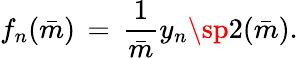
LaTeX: f_{n}(\bar{m})\, =\, {\frac{1}{\bar{m}}}y_{n}\sp 2(\bar{m}).